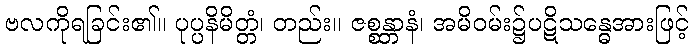
ဗလကိုရခြင်း၏။ ပုပ္ပနိမိတ္တံ၊ တည်း။ ဇစ္စန္တာနံ၊ အမိဝမ်း၌ပဋိသန္ဓေအားဖြင့်